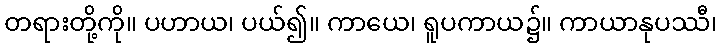
တရားတို့ကို။ ပဟာယ၊ ပယ်၍။ ကာယေ၊ ရူပကာယ၌။ ကာယာနုပဿီ၊